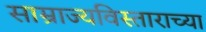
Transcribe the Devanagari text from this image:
साम्राज्यविस्ताराच्या